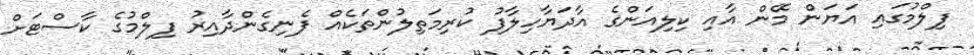
ފިލްމުގައި އަޔަން މޭން އާއި ކިލިއަންގެ އާދަޔާހިލާފު ކުރިމަތިލުންތަކެއް ފެނިގެންދާއިރު ފިލްމުގެ ކާސްޓަށް